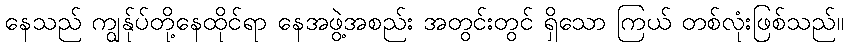
နေသည် ကျွန်ုပ်တို့နေထိုင်ရာ နေအဖွဲ့အစည်း အတွင်းတွင် ရှိသော ကြယ် တစ်လုံးဖြစ်သည်။